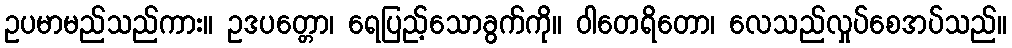
ဥပမာမည်သည်ကား။ ဥဒပတ္တော၊ ရေပြည့်သောခွက်ကို။ ဝါတေရိတော၊ လေသည်လှုပ်စေအပ်သည်။